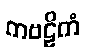
ကဗဠိကံ